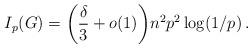
LaTeX: \begin{align*} I_p(G) = \bigg(\frac{\delta}3 + o(1)\bigg) n^2 p^2 \log (1/p)\,. \end{align*}